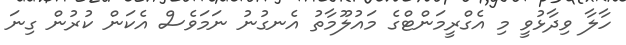
ހާލާ ވިދާޅުވީ މި އެގްރީމަންޓްގެ މައުލޫމާތު އެނގުނު ނަމަވެސް އެކަން ކުރުން ގިނަ